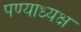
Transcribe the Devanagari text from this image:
पण्याध्यक्ष